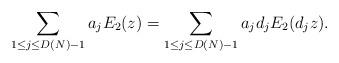
LaTeX: \begin{align*}\sum_{1 \leq j \leq D(N)-1} a_j E_2(z)=\sum_{1 \leq j \leq D(N)-1} a_j d_jE_2(d_jz).\end{align*}